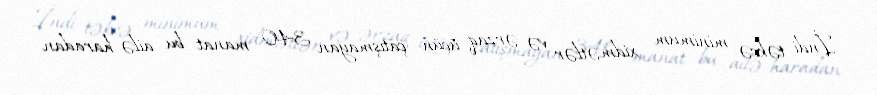
İndi təkcə minimum xidmətlər və ərzaq üçün çatışmayan 340 manat bu ailə haradan